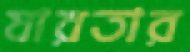
যারতার